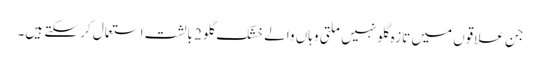
جن علاقوں میں تازہ گلو نہیں ملتی وہاں والے خشک گلو 2 بالشت استعمال کر سکتے ہیں۔